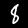
Label: 8